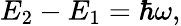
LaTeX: E_{2}-E_{1}=\hbar\omega,